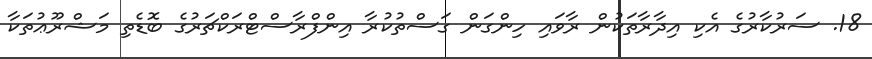
18. ސަރުކާރުގެ އެކި އިދާރާތަކުން ރާވައި ހިންގަން ގަސްތުކުރާ އިންފްރާސްޓްރަކްޗަރުގެ ބޮޑެތި މަޝްރޫޢުތަކާ